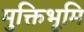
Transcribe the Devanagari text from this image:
मुक्तिभूमि